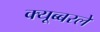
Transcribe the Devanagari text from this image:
क्यूब्बरले